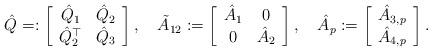
LaTeX: \begin{align*}\hat{Q}=:\left[\begin{array}{cc}\hat{Q}_{1} & \hat{Q}_{2}\\\hat{Q}_{2}^{\top} & \hat{Q}_{3}\end{array}\right],\quad\tilde{A}_{12}:=\left[\begin{array}{cc}\hat{A}_{1} & 0\\0 & \hat{A}_{2}\end{array}\right],\quad\hat{A}_{p}:=\left[\begin{array}{c}\hat{A}_{3,p}\\\hat{A}_{4,p}\end{array}\right].\end{align*}